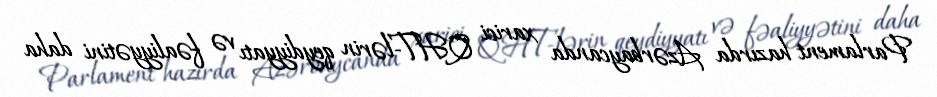
Parlament hazırda Azərbaycanda xarici QHT-lərin qeydiyyatı və fəaliyyətini daha